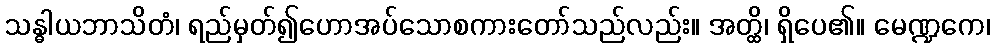
သန္ဓါယဘာသိတံ၊ ရည်မှတ်၍ဟောအပ်သောစကားတော်သည်လည်း။ အတ္ထိ၊ ရှိပေ၏။ မေဏ္ဍကေ၊